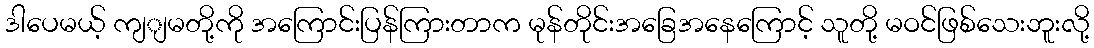
ဒါပေမယ့် ကျျမတို့ကို အကြောင်းပြန်ကြားတာက မုန်တိုင်းအခြေအနေကြောင့် သူတို့ မဝင်ဖြစ်သေးဘူးလို့